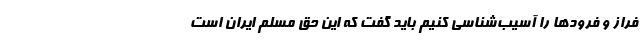
فراز و فرودها را آسیب‌شناسی کنیم باید گفت که این حق مسلم ایران است